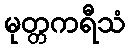
မုတ္တကရီသံ